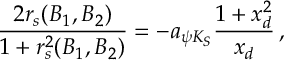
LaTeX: { \frac { 2 r _ { s } ( B _ { 1 } , B _ { 2 } ) } { 1 + r _ { s } ^ { 2 } ( B _ { 1 } , B _ { 2 } ) } } = - a _ { \psi K _ { S } } { \frac { 1 + x _ { d } ^ { 2 } } { x _ { d } } } \, ,